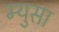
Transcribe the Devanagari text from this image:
म्युसा